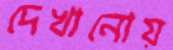
দেখানোয়